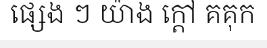
ផ្សេង ៗ យ៉ាង ក្តៅ គគុក